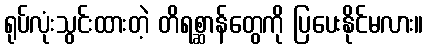
ရုပ်လုံးသွင်းထားတဲ့ တိရစ္ဆာန်တွေကို ပြပေးနိုင်မလား။